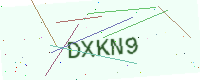
Text: DXKN9